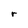
Character: r